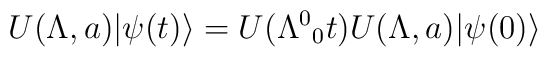
U(\Lambda ,a)\vert \psi (t) \rangle = U(\Lambda^{0}{}_{0}t)U(\Lambda ,a)\vert \psi (0) \rangle